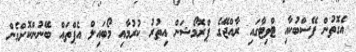
އެގޮތުން ފޭސްބުކާއި ޓްވިޓާގައި ރާއްޖޭގެ ޕްރޮމޯޝަން އިތުރު ކުރުމާއި މޯބައިލް އެޕްތައް ބޭނުންކޮށްގެން